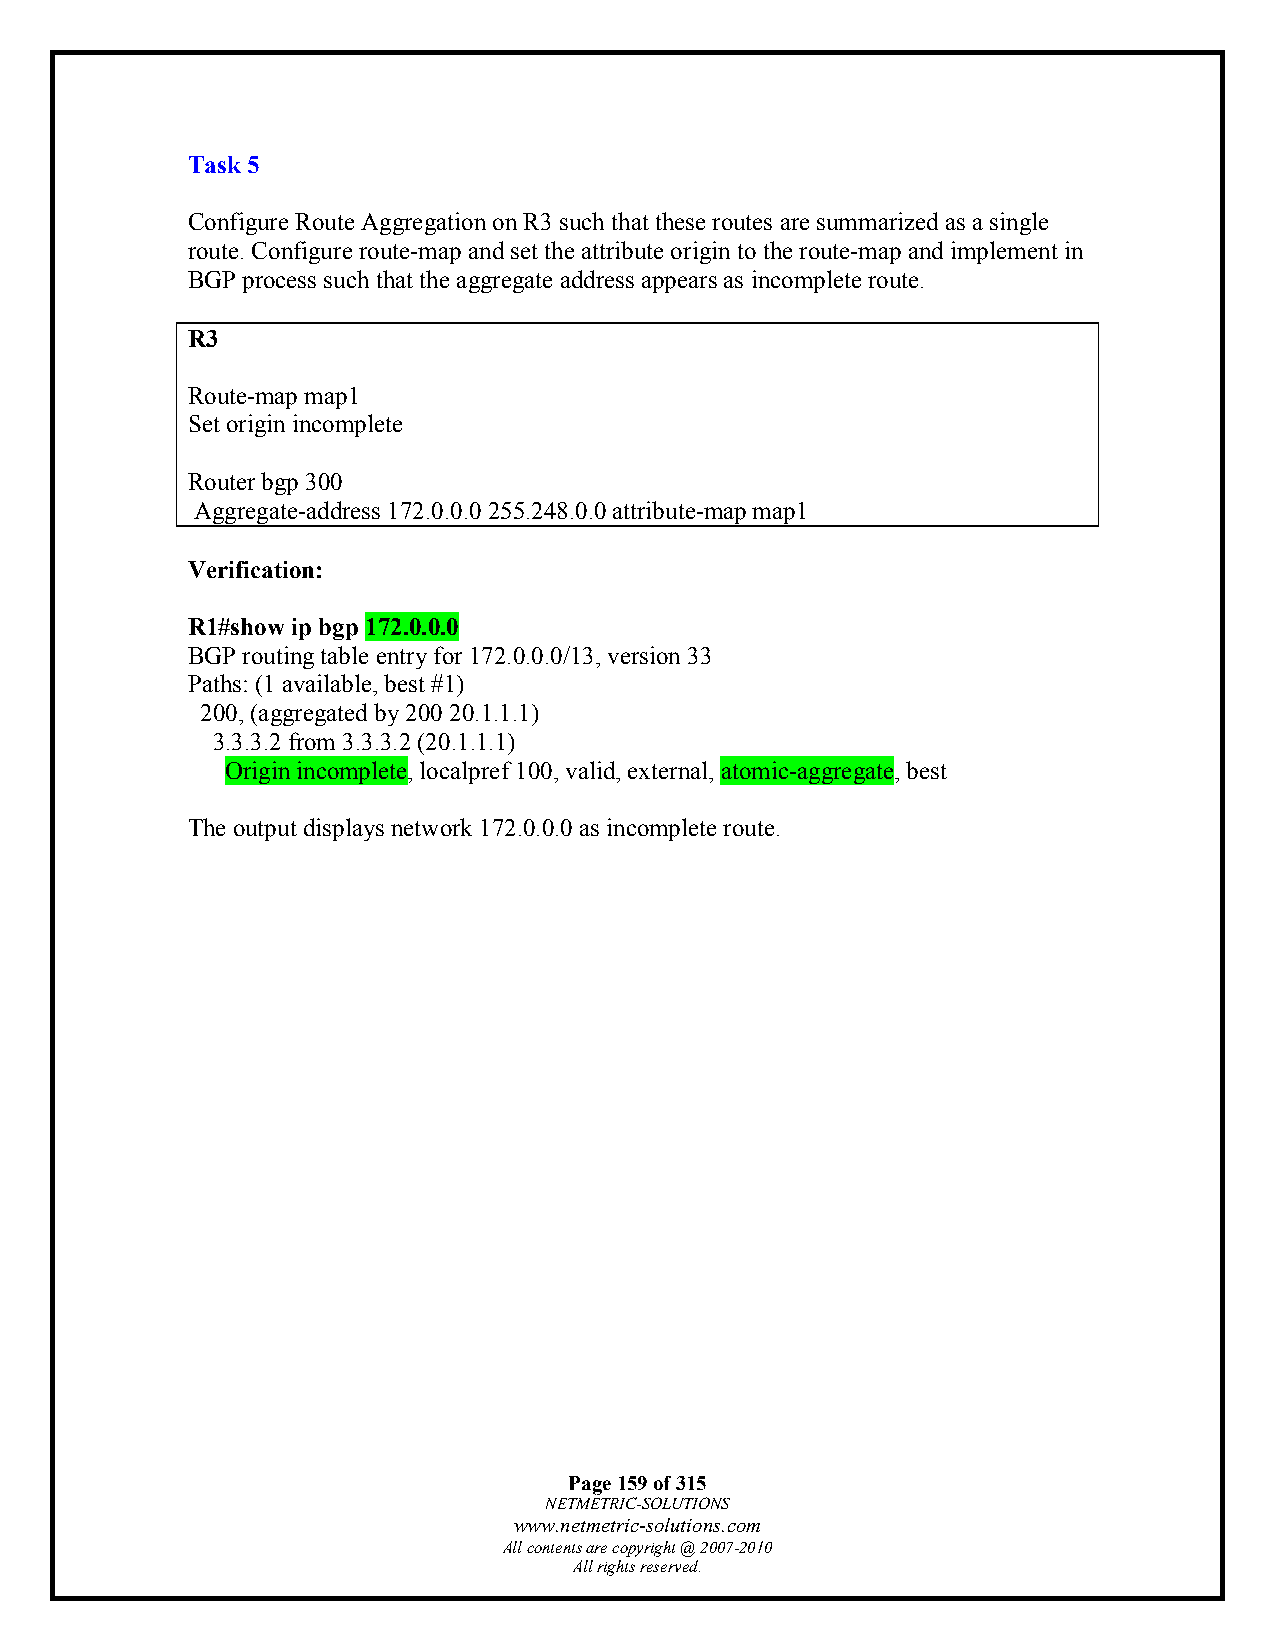
Task 5
 Configure Route Aggregation on R3 such that these routes are summarized as a single
 route. Configure route-map and set the attribute origin to the route-map and implement in
 BGP process such that the aggregate address appears as incomplete route.
 R3
 Route-map map1
 Set origin incomplete
 Router bgp 300
 Aggregate-address 172.0.0.0 255.248.0.0 attribute-map map1
 Verification:
 R1#show ip bgp 172.0.0.0
 BGP routing table entry for 172.0.0.0/13, version 33
 Paths: (1 available, best #1)
 200, (aggregated by 200 20.1.1.1)
 3.3.3.2 from 3.3.3.2 (20.1.1.1)
 Origin incomplete, localpref 100, valid, external, atomic-aggregate, best
 The output displays network 172.0.0.0 as incomplete route.
 Page 159 of 315
 NETMETRIC-SOLUTIONS
 www.netmetric-solutions.com
 All contents are copyright @ 2007-2010
 All rights reserved.